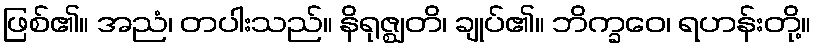
ဖြစ်၏။ အညံ၊ တပါးသည်။ နိရုဇ္ဈတိ၊ ချုပ်၏။ ဘိက္ခဝေ၊ ရဟန်းတို့။